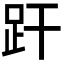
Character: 𧿂